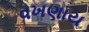
વખણાય